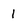
Character: 1